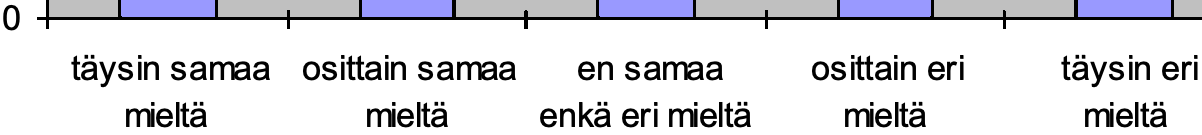
0 täysin samaa osittain samaa en samaa osittain eri täysin eri mieltä  mieltä enkä eri mieltä mieltä mieltä